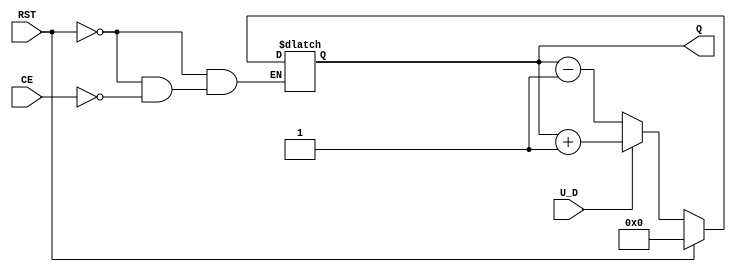
module up_down_counter #(
    parameter N = 4  // Number of bits in the counter
)(
    input wire U_D,     // Up/Down Control Signal
    input wire CE,      // Count Enable
    input wire RST,     // Asynchronous Reset
    output reg [N-1:0] Q // Count Value
);

    // Asynchronous Reset and Count Logic
    always @(*) begin
        if (RST) begin
            Q = 0; // Reset to 0
        end else if (CE) begin
            if (U_D) begin
                Q = Q + 1; // Count Up
            end else begin
                Q = Q - 1; // Count Down
            end
        end
    end

endmodule